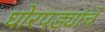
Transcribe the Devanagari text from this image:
घोरपड्यांचे